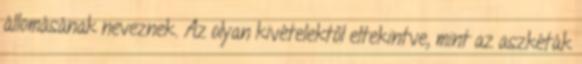
állomásának neveznek. Az olyan kivételektől eltekintve, mint az aszkéták